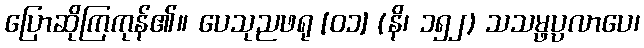
ပြောဆိုကြကုန်၏။ ပေသုညဖရု [၀၁] (နိ၊ ၁၅၂) သသမ္ဖပ္ပလာပေ၊